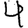
Digit: 4